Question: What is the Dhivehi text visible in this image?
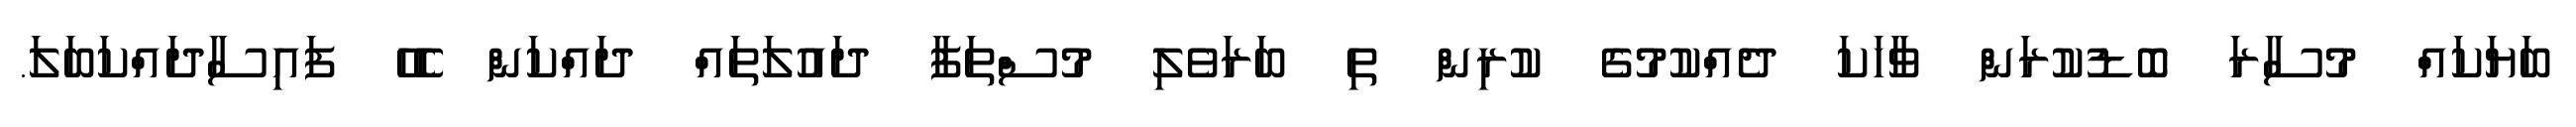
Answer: ބަޔަކައް މުސާރަ ބޮޑުކުރަން ވާހަކަ ދެއްކުމުގެ ކުރިން ތި ބަރަވެލި މުސްތަފާ ދައުލަތައް ދައްކަން ހެހޭ ފައިސާދައްކަބަލަ.